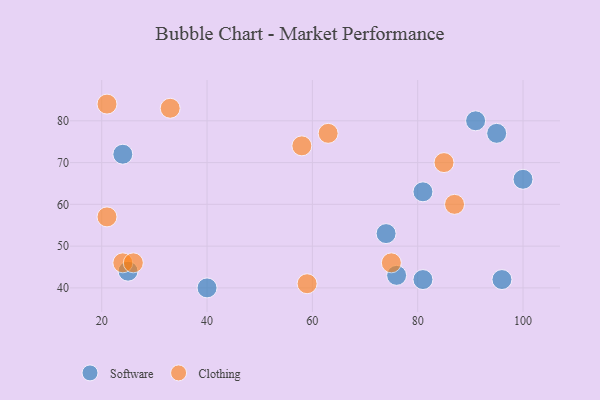
{"axis": {"x": "GDP", "y": "Life Expectancy"}, "legend": ["Clothing", "Software"], "data": [{"x": "74", "y": 53, "type": "Software"}, {"x": "91", "y": 80, "type": "Software"}, {"x": "81", "y": 42, "type": "Software"}, {"x": "40", "y": 40, "type": "Software"}, {"x": "76", "y": 43, "type": "Software"}, {"x": "24", "y": 72, "type": "Software"}, {"x": "95", "y": 77, "type": "Software"}, {"x": "100", "y": 66, "type": "Software"}, {"x": "81", "y": 63, "type": "Software"}, {"x": "25", "y": 44, "type": "Software"}, {"x": "96", "y": 42, "type": "Software"}, {"x": "75", "y": 46, "type": "Clothing"}, {"x": "58", "y": 74, "type": "Clothing"}, {"x": "59", "y": 41, "type": "Clothing"}, {"x": "24", "y": 46, "type": "Clothing"}, {"x": "85", "y": 70, "type": "Clothing"}, {"x": "63", "y": 77, "type": "Clothing"}, {"x": "21", "y": 84, "type": "Clothing"}, {"x": "21", "y": 57, "type": "Clothing"}, {"x": "87", "y": 60, "type": "Clothing"}, {"x": "33", "y": 83, "type": "Clothing"}, {"x": "26", "y": 46, "type": "Clothing"}]}